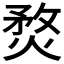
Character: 𤋄